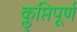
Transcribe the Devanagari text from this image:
कॢप्तिपूर्ण